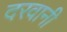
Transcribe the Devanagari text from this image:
दरवानी